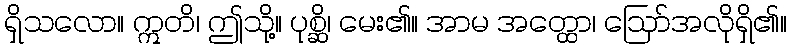
ရှိသလော။ ဣတိ၊ ဤသို့။ ပုစ္ဆိ၊ မေး၏။ အာမ အတ္ထော၊ ဩော်အလိုရှိ၏။